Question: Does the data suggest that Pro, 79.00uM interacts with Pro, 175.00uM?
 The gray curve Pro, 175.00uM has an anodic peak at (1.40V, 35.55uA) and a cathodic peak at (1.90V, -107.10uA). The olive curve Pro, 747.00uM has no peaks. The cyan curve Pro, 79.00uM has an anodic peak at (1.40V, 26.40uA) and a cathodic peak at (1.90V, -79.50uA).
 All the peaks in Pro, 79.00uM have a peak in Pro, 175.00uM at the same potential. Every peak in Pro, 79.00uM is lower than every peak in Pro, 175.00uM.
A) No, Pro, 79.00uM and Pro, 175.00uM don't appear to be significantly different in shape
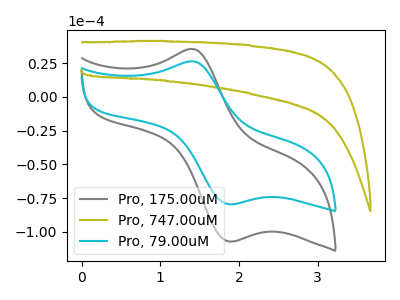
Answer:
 <answer>A) No, "Pro, 79.00uM" and "Pro, 175.00uM" don't appear to be significantly different in shape</answer>
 <eval>A</eval>